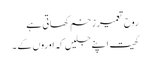
روح تعمیر زخم کھاتی ہے
کھیت اپنے جلیں کہ اوروں کے ۔